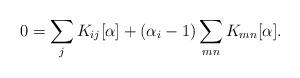
LaTeX: \begin{align*}0 = \sum_j K_{ij} [\alpha] + (\alpha_i-1) \sum_{mn} K_{mn} [\alpha].\end{align*}